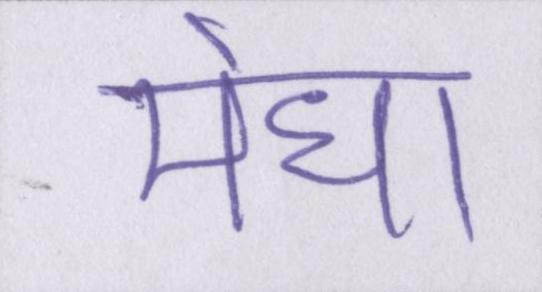
मेधा